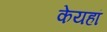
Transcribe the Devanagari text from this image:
केयहां